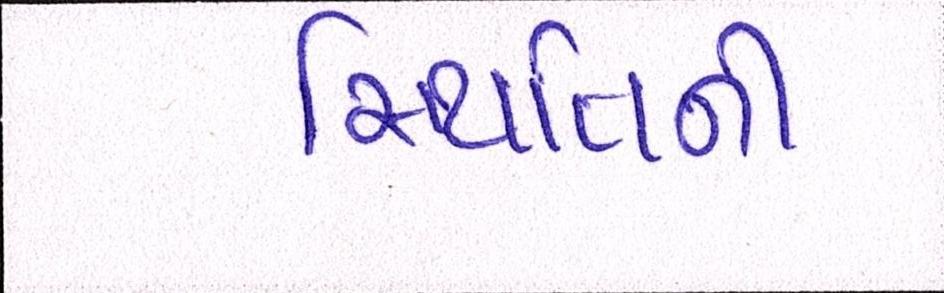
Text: સ્થિતિની